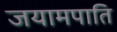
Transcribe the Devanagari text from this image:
जयामपाति